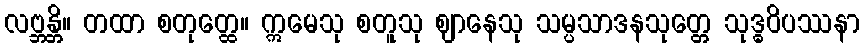
လဗ္ဘန္တိ။ တထာ စတုတ္ထေ။ ဣမေသု စတူသု ဈာနေသု သမ္ပသာဒနသုတ္တေ သုဒ္ဓဝိပဿနာ